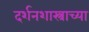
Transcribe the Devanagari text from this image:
दर्शनशास्त्राच्या